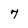
Character: 7